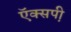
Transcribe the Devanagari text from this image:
ऍक्सपी़